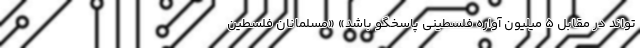
تواند در مقابل ۵ میلیون آواره فلسطینی پاسخگو باشد» «مسلمانان فلسطین